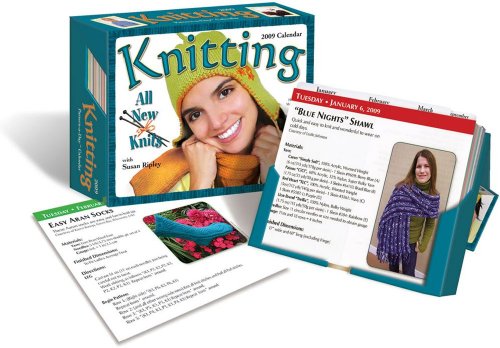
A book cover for Knitting Pattern-a-Day: 2009 Day-to-Day Calendar; Accord Publishing; Calendars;